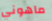
ماهوني